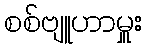
စစ်ဗျူဟာမှူး